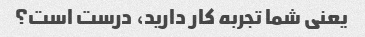
یعنی شما تجربه کار دارید، درست است؟